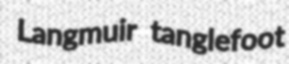
Langmuir tanglefoot